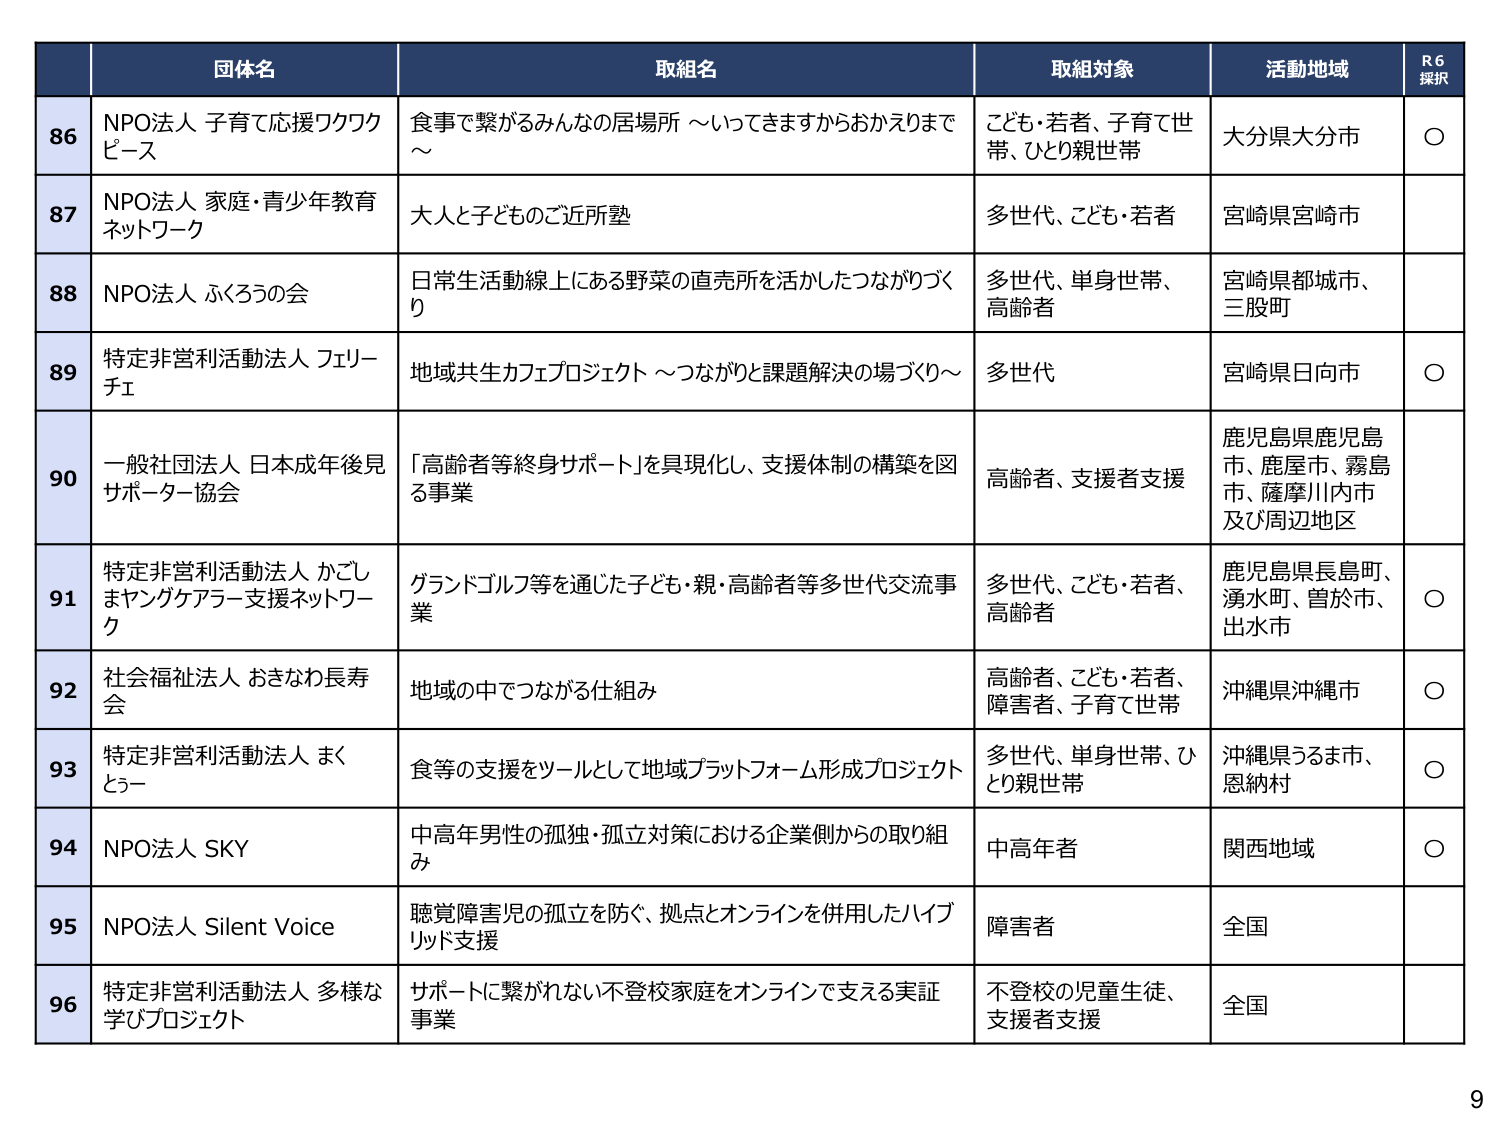
団体名
取組名
取組対象
活動地域
R6 採択

86
NPO法人 子育て応援ワクワクピース
食事で繋がるみんなの居場所 ～いってきますからおかえりまで～
こども・若者、子育て世帯、ひとり親世帯
大分県大分市
○

87
NPO法人 家庭・青少年教育ネットワーク
大人と子どものご近所塾
多世代、こども・若者
宮崎県宮崎市

88
NPO法人 ふくろうの会
日常生活動線上にある野菜の直売所を活かしたつながりづくり
多世代、単身世帯、高齢者
宮崎県都城市、三股町

89
特定非営利活動法人 フェリーチェ
地域共生カフェプロジェクト ～つながりと課題解決の場づくり～
多世代
宮崎県日向市
○

90
一般社団法人 日本成年後見サポーター協会
「高齢者等終身サポート」を具現化し、支援体制の構築を図る事業
高齢者、支援者支援
鹿児島県鹿児島市、鹿屋市、霧島市、薩摩川内市及び周辺地区

91
特定非営利活動法人 かごしまヤングケアラー支援ネットワーク
グランドゴルフ等を通じた子ども・親・高齢者等多世代交流事業
多世代、こども・若者、高齢者
鹿児島県長島町、湧水町、曽於市、出水市
○

92
社会福祉法人 おきなわ長寿会
地域の中でつながる仕組み
高齢者、こども・若者、障害者、子育て世帯
沖縄県沖縄市
○

93
特定非営利活動法人 まくとうー
食等の支援をツールとして地域プラットフォーム形成プロジェクト
多世代、単身世帯、ひとり親世帯
沖縄県うるま市、恩納村
○

94
NPO法人 SKY
中高年男性の孤独・孤立対策における企業側からの取り組み
中高年者
関西地域
○

95
NPO法人 Silent Voice
聴覚障害児の孤立を防ぐ、拠点とオンラインを併用したハイブリッド支援
障害者
全国

96
特定非営利活動法人 多様な学びプロジェクト
サポートに繋がれない不登校家庭をオンラインで支える実証事業
不登校の児童生徒、支援者支援
全国

9